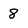
Character: 8